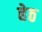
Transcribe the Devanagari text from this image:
हेठ